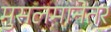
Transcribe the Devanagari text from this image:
मुसलमानेतर